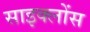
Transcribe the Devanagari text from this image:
साइक्लोंस